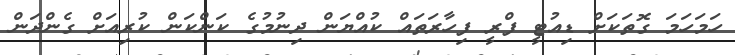
ހަމަހަމަ ގޮތަކަށް ޑިއުޓީ ފްރީ ފިހާރަތައް ކުއްޔަން ދިނުމުގެ ކަންކަން ކުރިއަށް ގެންދަން